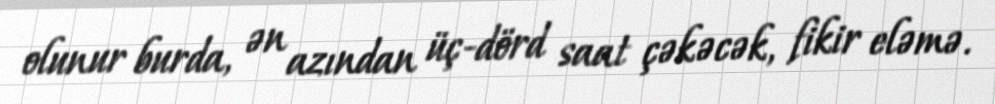
olunur burda, ən azından üç-dörd saat çəkəcək, fikir eləmə.